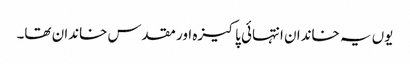
یوں یہ خاندان انتہائی پاکیزہ اور مقدس خاندان تھا۔